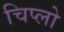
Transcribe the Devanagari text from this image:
चिप्लो